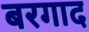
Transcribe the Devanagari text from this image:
बरगाद